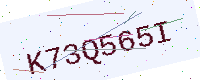
Text: K73Q565I